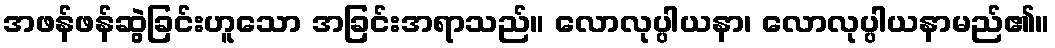
အဖန်ဖန်ဆွဲခြင်းဟူသော အခြင်းအရာသည်။ လောလုပ္ပါယနာ၊ လောလုပ္ပါယနာမည်၏။